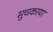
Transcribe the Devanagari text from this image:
सुचकाया